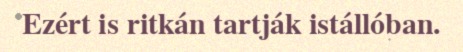
Ezért is ritkán tartják istállóban.